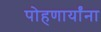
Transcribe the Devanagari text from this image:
पोहणार्यांना